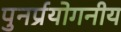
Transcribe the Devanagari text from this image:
पुनर्प्रयोगनीय